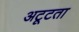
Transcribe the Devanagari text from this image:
अटूटता